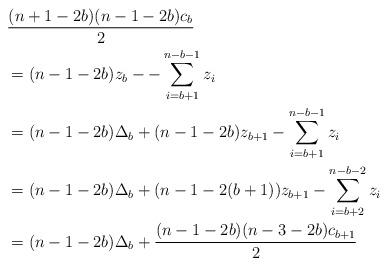
LaTeX: \begin{align*} &\frac{(n+1-2b)(n-1-2b)c_b}{2} \\&= (n-1-2b)z_{b} - -\sum_{i=b+1}^{n-b-1}z_i \\ &=(n-1-2b)\Delta_b + (n-1-2b)z_{b+1} - \sum_{i=b+1}^{n-b-1}z_i \\ &= (n-1-2b)\Delta_b+ (n-1-2(b+1))z_{b+1}- \sum_{i=b+2}^{n-b-2}z_i \\ &=(n-1-2b)\Delta_b + \frac{(n-1-2b)(n-3-2b)c_{b+1}}{2} \end{align*}